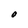
Character: O